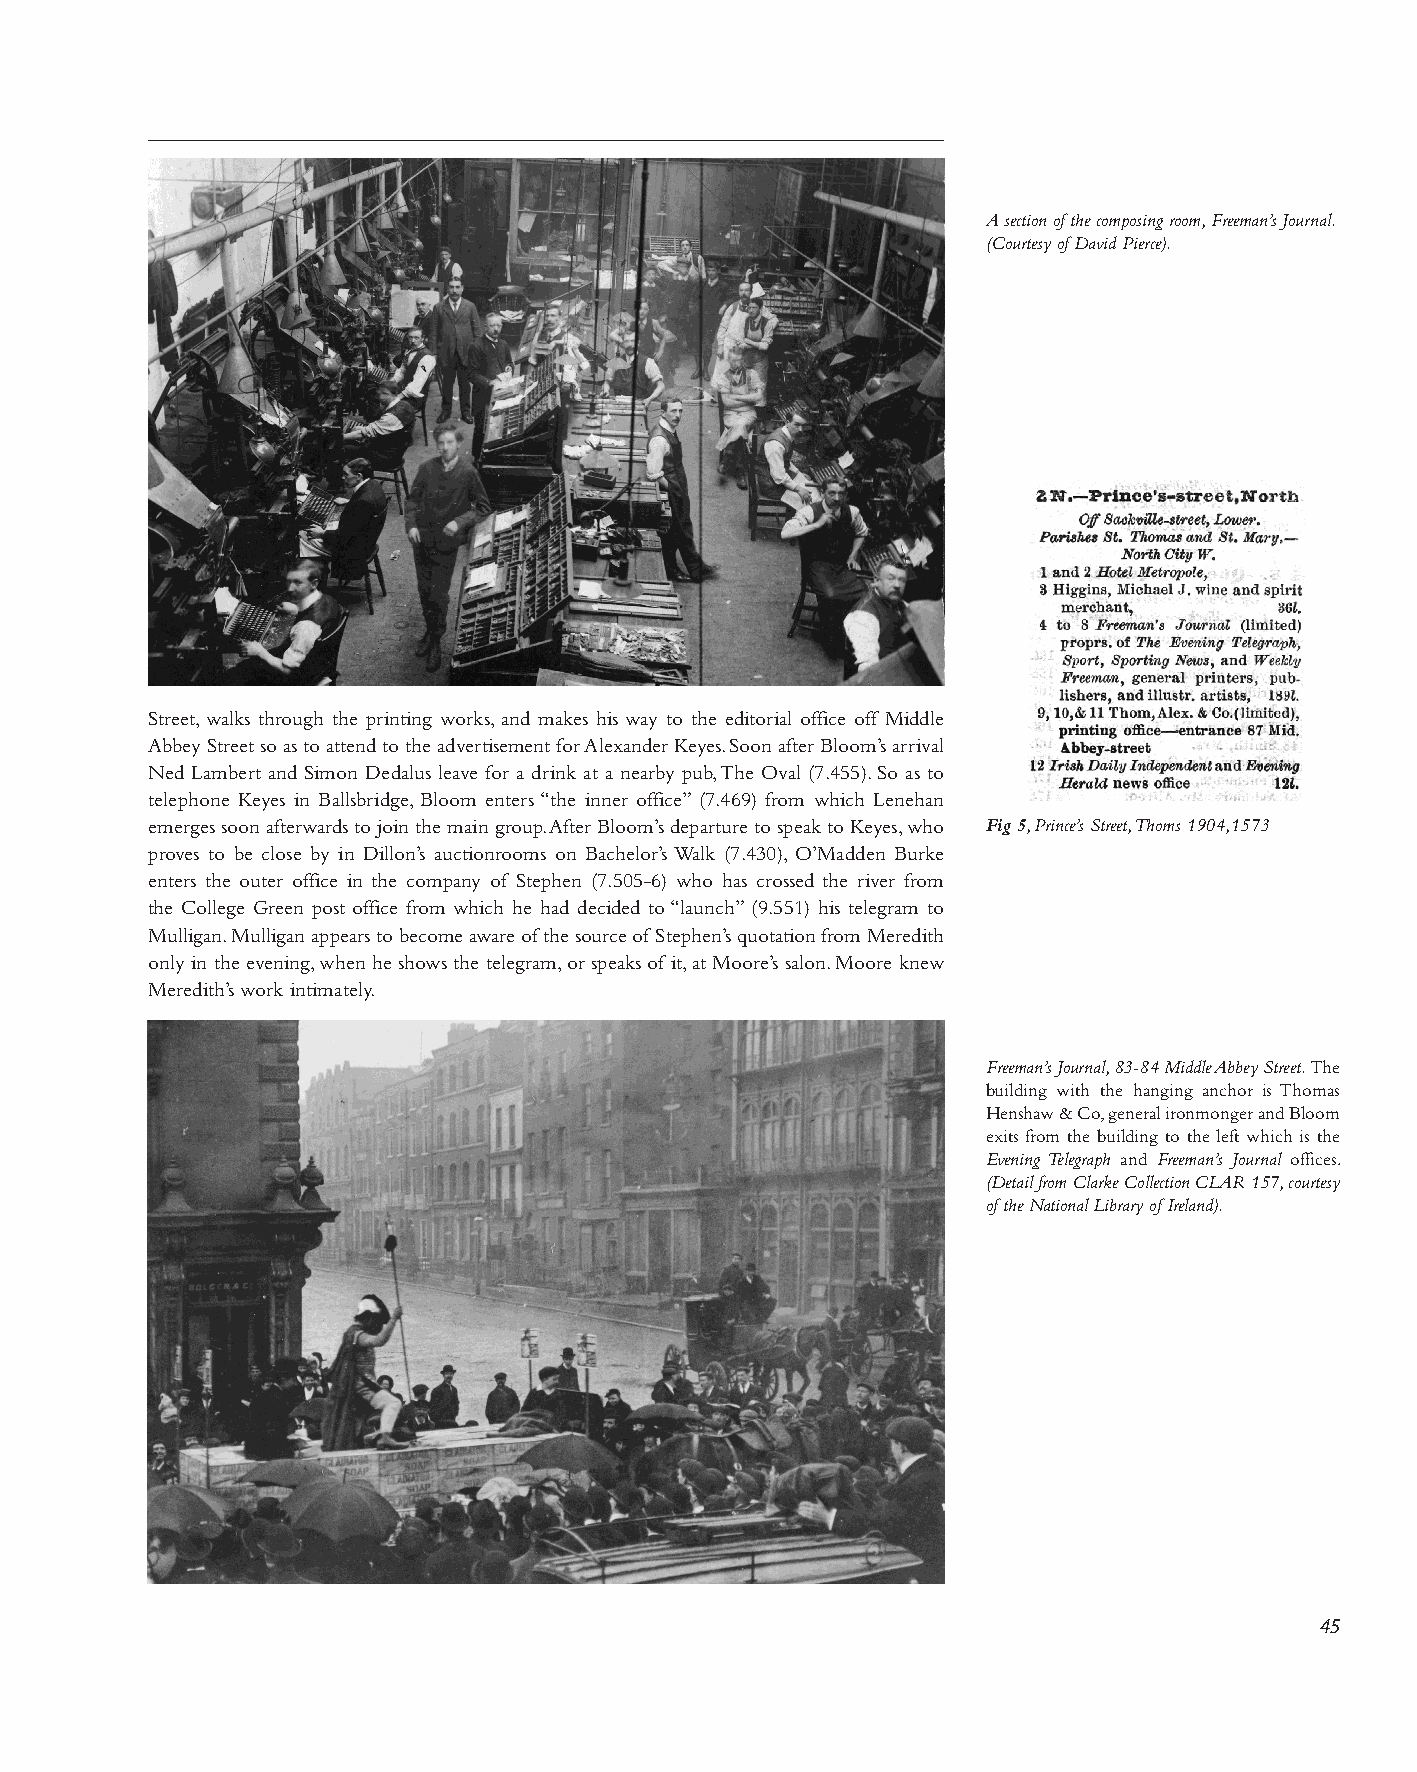
A section of the composing room, Freeman’s Journal.
 (Courtesy of David Pierce).
 Street, walks through the printing works, and makes his way to the editorial office off Middle
 Abbey Street so as to attend to the advertisement for Alexander Keyes. Soon after Bloom’s arrival
 Ned Lambert and Simon Dedalus leave for a drink at a nearby pub, The Oval (7.455). So as to
 telephone Keyes in Ballsbridge, Bloom enters “the inner office” (7.469) from which Lenehan
 emerges soon afterwards to join the main group. After Bloom’s departure to speak to Keyes, who Fig 5, Prince’s Street, Thoms 1904,1573
 proves to be close by in Dillon’s auctionrooms on Bachelor’s Walk (7.430), O’Madden Burke
 enters the outer office in the company of Stephen (7.505-6) who has crossed the river from
 the College Green post office from which he had decided to “launch” (9.551) his telegram to
 Mulligan. Mulligan appears to become aware of the source of Stephen’s quotation from Meredith
 only in the evening, when he shows the telegram, or speaks of it, at Moore’s salon. Moore knew
 Meredith’s work intimately.
 Freeman’s Journal, 83-84 Middle Abbey Street. The
 building with the hanging anchor is Thomas
 Henshaw & Co, general ironmonger and Bloom
 exits from the building to the left which is the
 Evening Telegraph and Freeman’s Journal offices.
 (Detail from Clarke Collection CLAR 157, courtesy
 of the National Library of Ireland).
 45